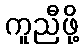
ကူညီဖို့